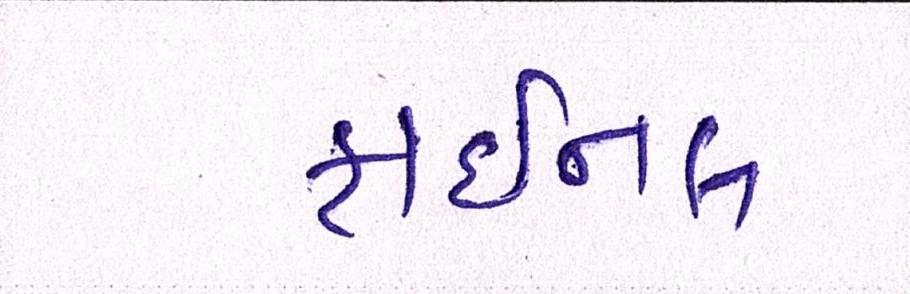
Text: ફાઈનલ